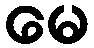
မေ